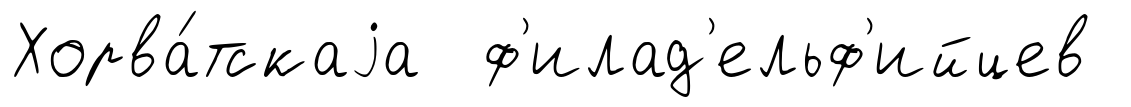
Хорва́тскаjа ф'илад'ельф'ийцев